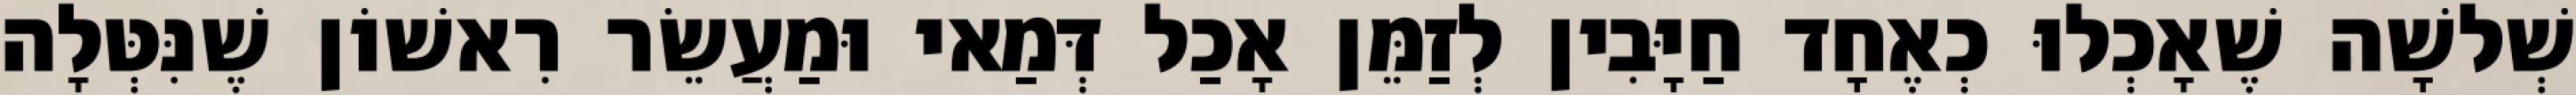
שְׁלשָׁה שֶׁאָכְלוּ כְאֶחָד חַיָּבִין לְזַמֵּן אָכַל דְּמַאי וּמַעֲשֵׂר רִאשׁוֹן שֶׁנִּטְּלָה